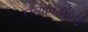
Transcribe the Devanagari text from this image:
रस्त्यापलीकडे